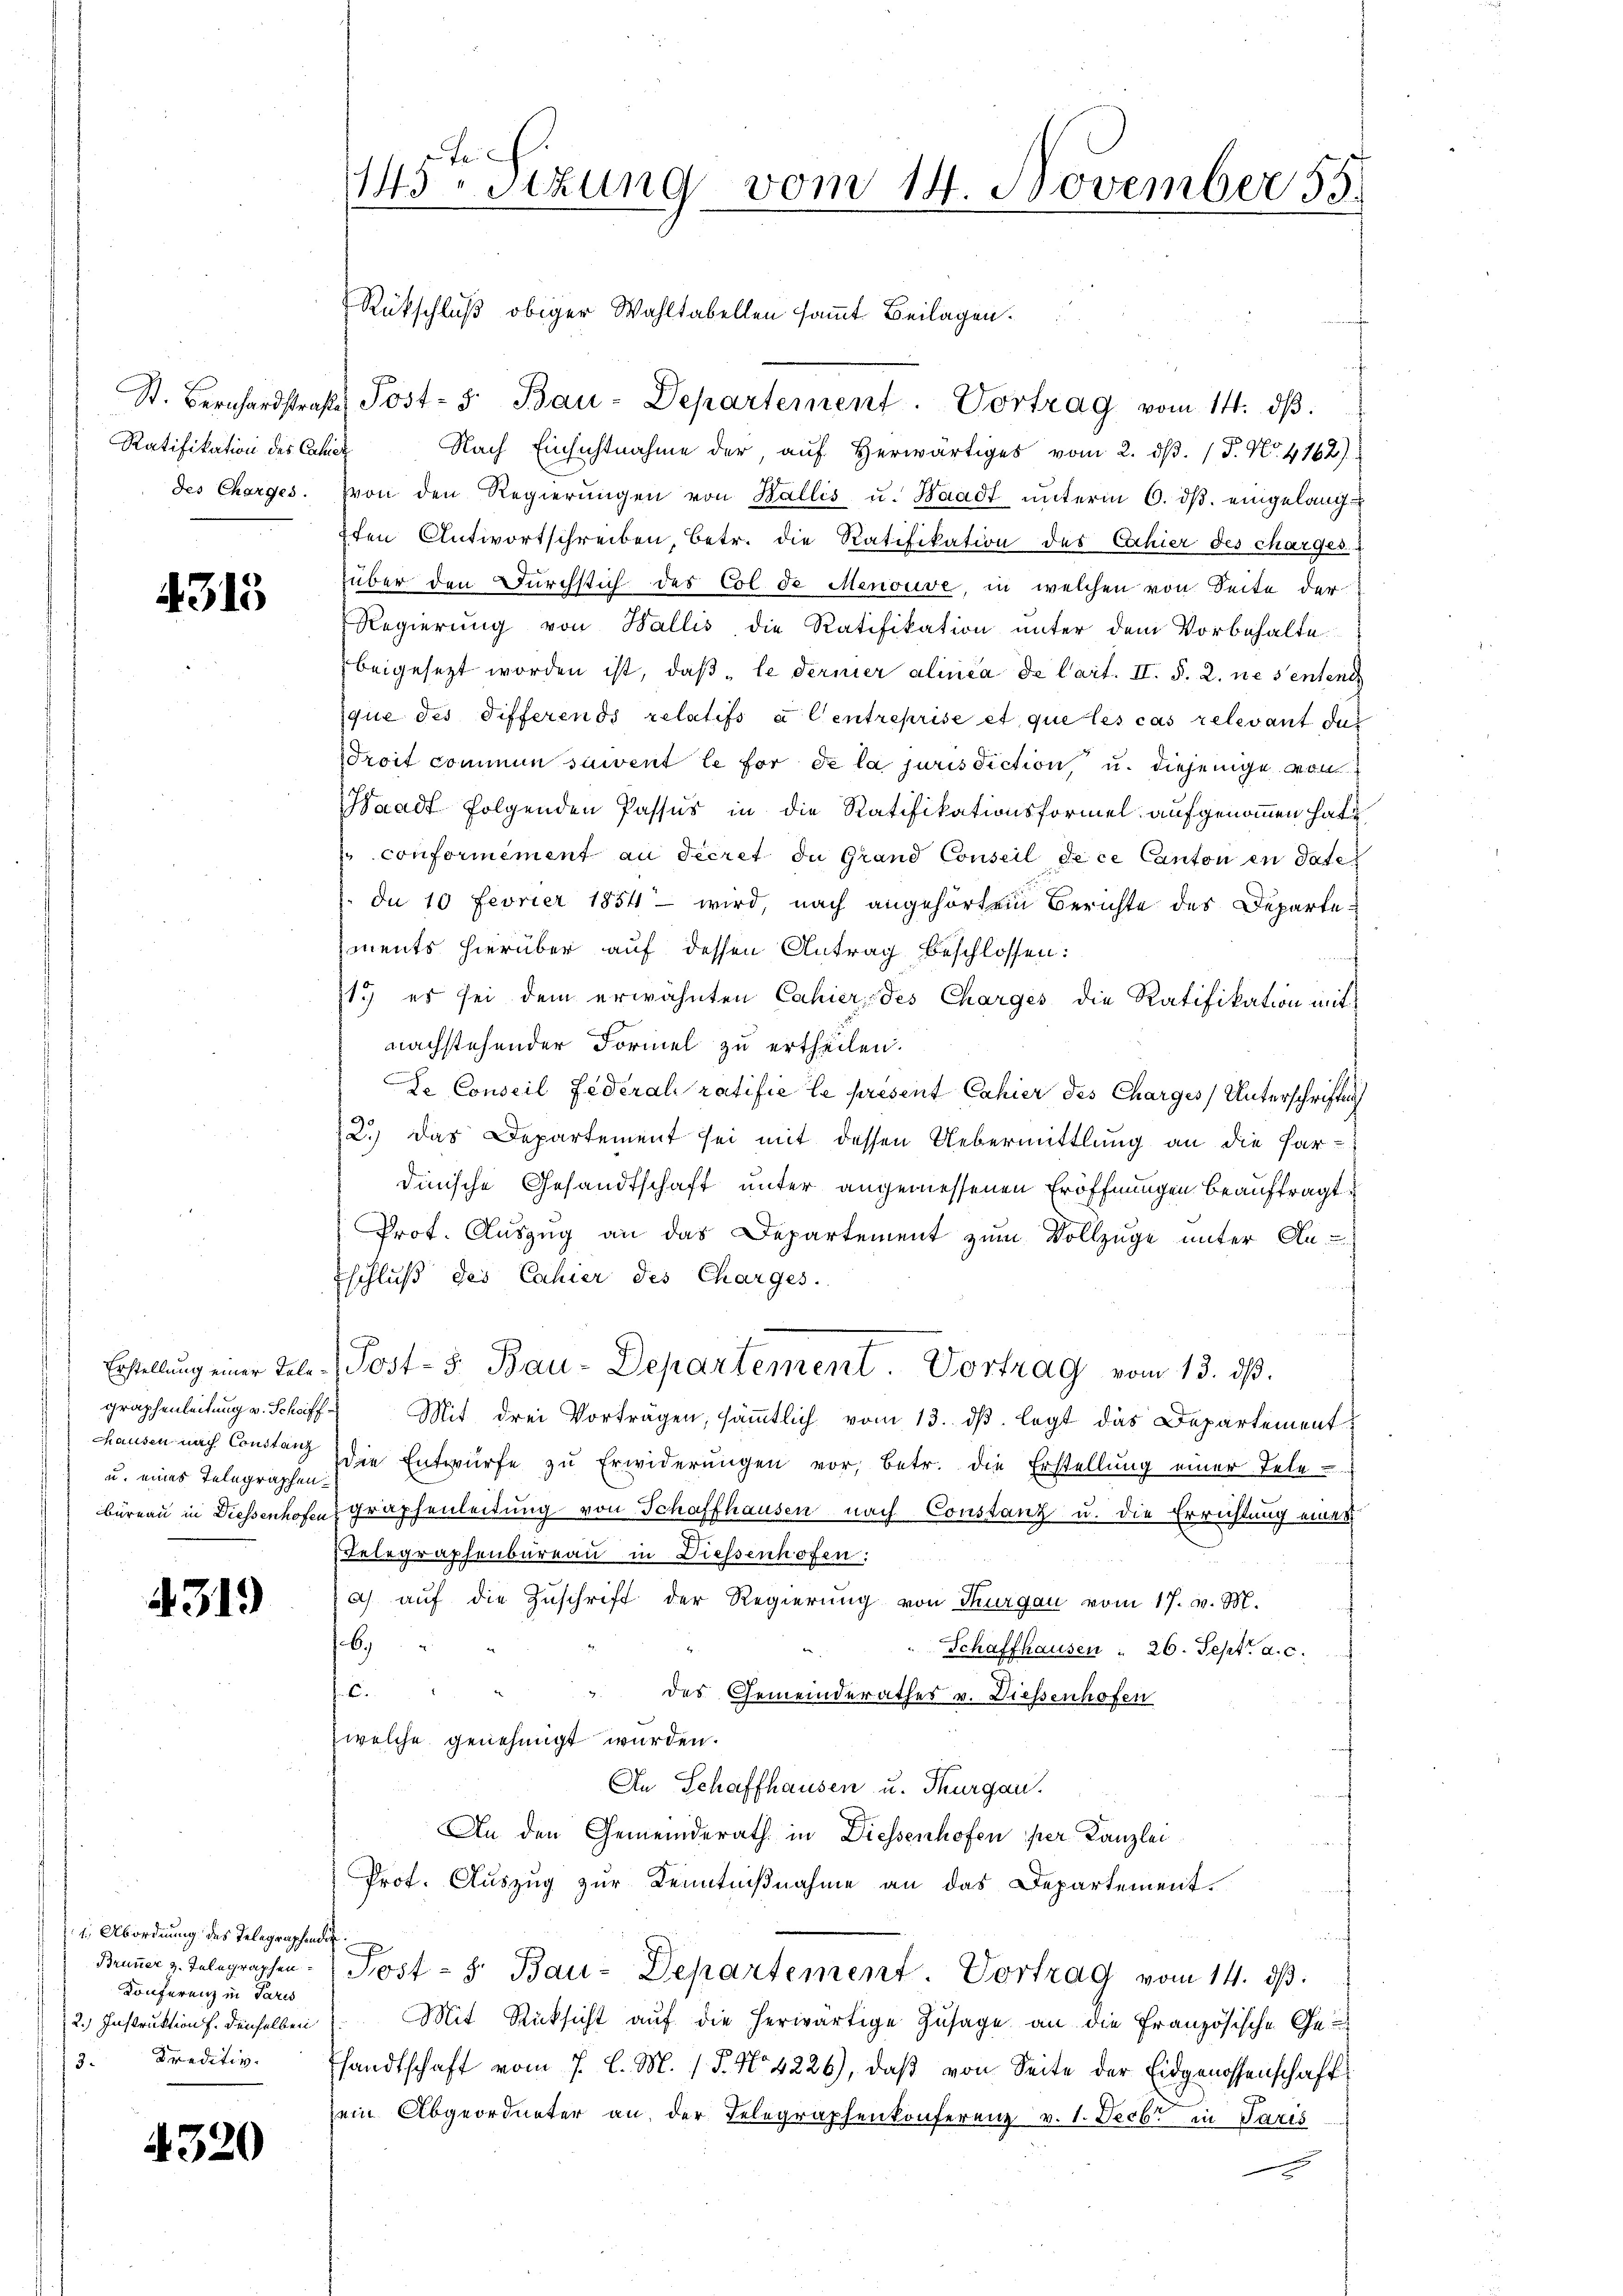
St. Bernhardstraf
Ratifikation des Calie
des Charges.

4315

Erstellung einer Telegraphenleitung v. Schriffhhausen nach Constanz
u. eines Telegraphen-
Büreau in Diessenhofen

4319

1. Abordnung des Telegraphender
Brunner z. Telegraphen
Konferenz in Paris
2.) Instruktion f. denselben
3. Kreditiv

4320

4
143 sizung vom 14. November 55.

g
Tost- 3. Bau-Departement. Vortrag vom 14. dβ.
Nach Einsichtnahme der, aŭf herwärtiges vom 2. dβ. / P. Nr. 4162)
(von den Regierungen von Wallis u. Waadt unterm 6. ds. eingelangften Antwortschreiben, betr. die Ratifikation des Cahier des charges
über den Durchstich des Col de Menouve, in welchen von Seite der
Regierung von Wallis, die Ratifikation unter dem Vorbehalte
beigesetzt worden ist, daβ „le derner alinea de Cart. II. §. 2. ne sentend
que des Differends relatifs à l’entreprise et que les cas relevant dur
roit commen sament le for de la jurisdiction u. diejenige von
Waadt folgenden Passus in die Ratifikationsformel aufgenommen hat
" conformément an Secret. In Grand Conseil de ce Canton en date
In 10 Fevrier 1854 - wird, nach angehörtem Berichte des Departements hierüber auf dessen Antrag beschlossen:
1) es sei dem erwähnten Cahier des Charges die Ratifikation mit
nachstehender Formel zu ertheilen.
Le Conseil Federali ratifié le present Cahier des Charges Unterschriften
2.) Das Departement sei mit dessen Uebermittlung an die Par-
dinische Gesandtschaft unter angemessenen Eröffnungen beauftragt.
Prot. Auszug an das Departement zum Vollzüge unter An-
Eschluß des Cahier des Charges.
Post-3 Bau-Departement Vortrag vom 13. dβ.
Mit drei Vorträgen, sämmtlich vom 13. dβ legt das Departement
die Entwürfe zu Erwiderungen vor, betr. die Erstellung einer Telegraphenleitung von Schaffhausen nach Constanz u. die Errichtung einer
Telegraphenbureau in Diessenhofen:
ah auf die Zuschrift der Regierung von Thurgau vom 17. v. M.
6.)
Schaffhausen : 26. Sept. a. c.
6.
" des Gemeinderathes v. Diessenhofen
welche genehmigt wurden.
An Schaffhausen u. Thurgau.
An den Gemeinderath in Diessenhofen per Kanzlei
Prof. Auszug zur Kenntnißnahme an das Departement.
Post- 8. Bau-Departement. Vortrag vom 14. dβ.
Mit Rücksicht auf die herwärtige Zusage an die Französische Gesandtschaft vom 7. d. M. P. No 4226), daß von Seite der Eidgenossenschaft
ein Abgeordneter an der Telegraphenkonferenz v. 1. Decbr in Paris
.

Rückschluß obiger Wahltabellen sammt Beilagen.